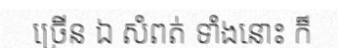
ច្រើន ឯ សំពត់ ទាំងនោះ ក៏